Lunatic asylums Madras 1892-1911 - 1892-1911
Year: 1892
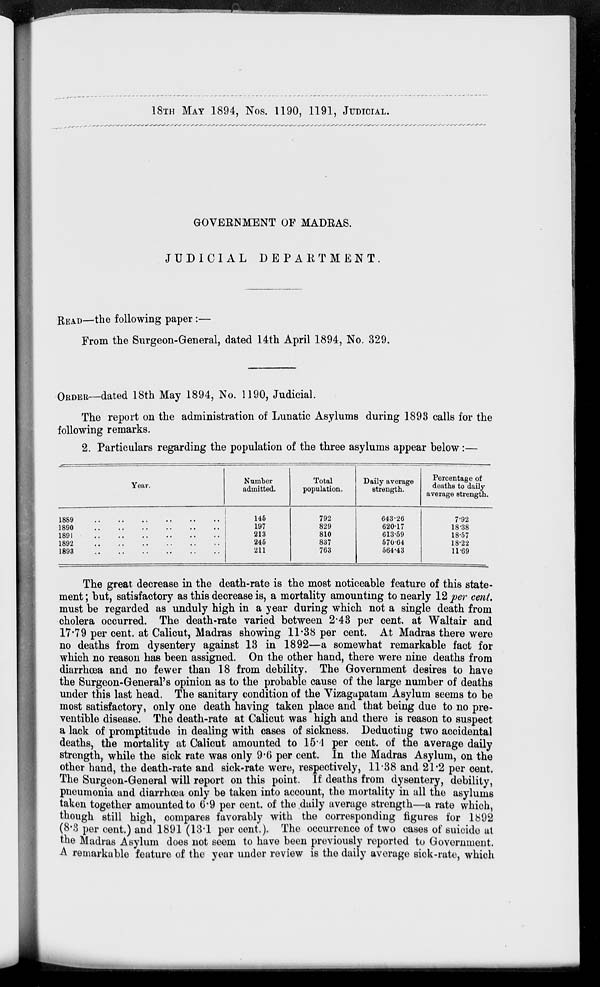
18TH MAY 1894, Nos. 1190, 1191, JUDICIAL.
GOVERNMENT OF MADRAS.
JUDICIAL
DEPARTMENT.
READ—the following paper:—
From the Surgeon-General, dated 14th April 1894, No. 329.
ORDER—dated 18th May 1894, No. 1190, Judicial.
The report on the administration of Lunatic Asylums during 1893 calls for the
following remarks.
2. Particulars regarding the population of the three asylums appear below:—
Year.
1889
..
..
..
..
..
..
1890
..
..
..
..
..
..
1891
..
..
..
..
..
..
1892
..
..
..
..
..
..
1893
..
..
..
..
..
..
Number
admitted.
145
197
213
245
211
Total
population.
792
829
810
837
763
Daily average
strength.
643.26
620.17
613.59
570.64
564.43
Percentage of
deaths to daily
average strength.
7.92
18.38
18.57
18.22
11.69
The great decrease in the death-rate is the most noticeable feature of this state-
ment ; but, satisfactory as this decrease is, a mortality amounting to nearly 12 per cent.
must be regarded as unduly high in a year during which not a single death from
cholera occurred. The death-rate varied between 2.43 per cent, at Waltair and
17.79 per cent. at Calicut, Madras showing 11.38 per cent. At Madras there were
no deaths from dysentery against 13 in 1892—a somewhat remarkable fact for
which no reason has been assigned. On the other hand, there were nine deaths from
diarrhœa and no fewer than 18 from debility. The Government desires to have
the Surgeon-General's opinion as to the probable cause of the large number of deaths
under this last head. The sanitary condition of the Vizagapatam Asylum seems to be
most satisfactory, only one death having taken place and that being due to no pre-
ventible disease. The death-rate at Calicut was high and there is reason to suspect
a lack of promptitude in dealing with cases of sickness. Deducting two accidental
deaths, the mortality at Calicut amounted to 15.4 per cent. of the average daily
strength, while the sick rate was only 9.6 per cent. In the Madras Asylum, on the
other hand, the death-rate and sick-rate were, respectively, 11.38 and 21.2 per cent.
The Surgeon-General will report on this point. If deaths from dysentery, debility,
pneumonia and diarrhœa only be taken into account, the mortality in all the asylums
taken together amounted to 6-9 per cent, of the daily average strength—a rate which,
though still high, compares favorably with the corresponding figures for 1892
(8.3 per cent.) and 1891 (13.1 per cent.). The occurrence of two cases of suicide at
the Madras Asylum does not seem to have been previously reported to Government.
A remarkable feature of the year under review is the daily average sick-rate, which